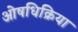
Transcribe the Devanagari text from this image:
ओषधिक्रिया